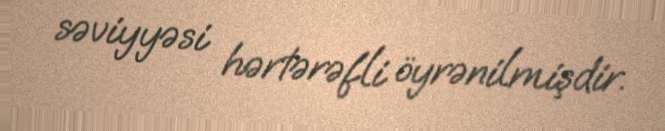
səviyyəsi hərtərəfli öyrənilmişdir.